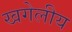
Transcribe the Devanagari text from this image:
खगेलीय